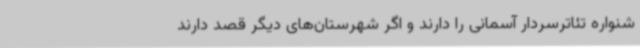
شنواره تئاترسردار آسمانی را دارند و اگر شهرستان‌های دیگر قصد دارند